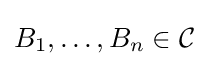
B_{1},\ldots ,B_{n}\in {\mathcal {C}}